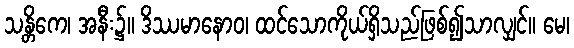
သန္တိကေ၊ အနီး၌။ ဒိဿမာနောဝ၊ ထင်သောကိုယ်ရှိသည်ဖြစ်၍သာလျှင်။ မေ၊